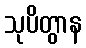
သုပိတွာန